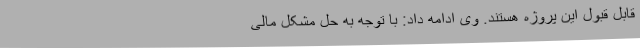
قابل قبول این پروژه هستند. وی ادامه داد: با توجه به حل مشکل مالی